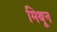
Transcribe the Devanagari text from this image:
मिथून